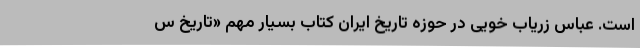
است. عباس زریاب‌ خویی در حوزه تاریخ ایران کتاب بسیار مهم «تاریخ س